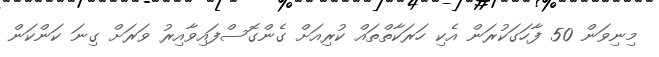
މިނިވަން 50 ފާހަގަކުރަން އެކި ހަރަކާތްތައް ކުރިއަށް ގެންގޮސްފައިވާއިރު ވަރަށް ގިނަ ކަންކަން